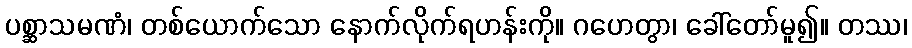
ပစ္ဆာသမဏံ၊ တစ်ယောက်သော နောက်လိုက်ရဟန်းကို။ ဂဟေတွာ၊ ခေါ်တော်မူ၍။ တဿ၊